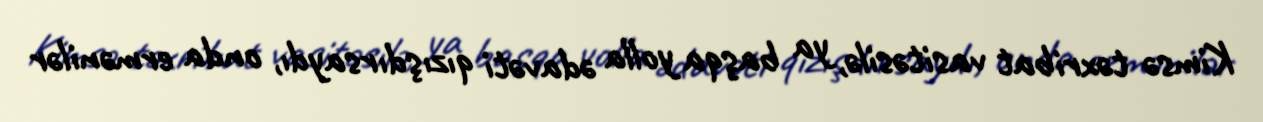
Kimsə təxribat vasitəsilə, ya başqa yolla ədavəti qızışdırsaydı, onda ermənilər